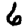
Digit: 6